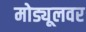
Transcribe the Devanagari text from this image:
मोड्यूलवर